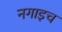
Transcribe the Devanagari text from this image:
नगाइच